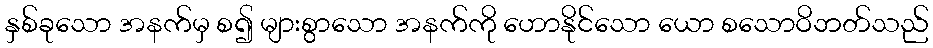
နှစ်ခုသော အနက်မှ စ၍ များစွာသော အနက်ကို ဟောနိုင်သော ယော စသောဝိဘတ်သည်